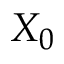
X _ { 0 }